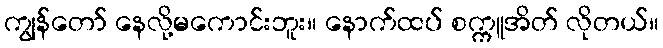
ကျွန်တော် နေလို့မကောင်းဘူး။ နောက်ထပ် စက္ကူအိတ် လိုတယ်။